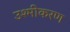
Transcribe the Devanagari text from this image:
उश्मीकरण